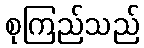
စုကြည်သည်